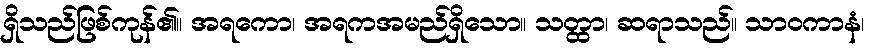
ရှိသည်ဖြစ်ကုန်၏။ အရကော၊ အရကအမည်ရှိသော။ သတ္ထာ၊ ဆရာသည်။ သာဝကာနံ၊